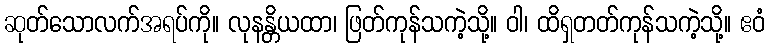
ဆုတ်သောလက်အရပ်ကို။ လုနန္တိယထာ၊ ဖြတ်ကုန်သကဲ့သို့။ ဝါ၊ ထိရှတတ်ကုန်သကဲ့သို့။ ဧဝံ